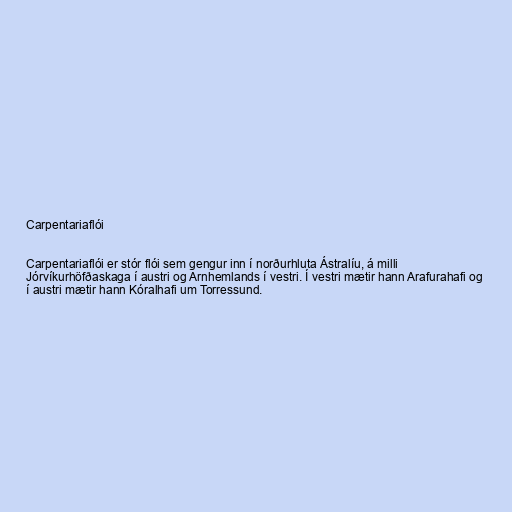
Carpentariaflói

Carpentariaflói er stór flói sem gengur inn í norðurhluta Ástralíu, á milli
Jórvíkurhöfðaskaga í austri og Arnhemlands í vestri. Í vestri mætir hann Arafurahafi og
í austri mætir hann Kóralhafi um Torressund.